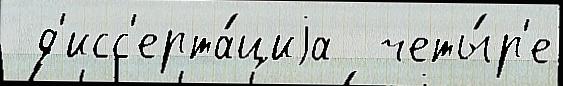
 д'исс'ерта́циjа  четы́р'е